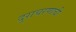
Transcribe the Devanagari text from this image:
दुराचरणाची